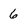
Character: 6